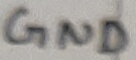
Text: GND